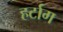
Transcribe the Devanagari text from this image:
हर्टाग